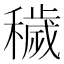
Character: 穢